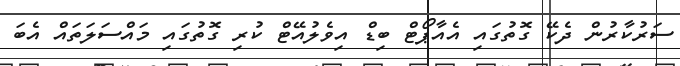
ސަރުކާރުން ދެކޭ ގޮތުގައި އެއާޕޯޓް ބިޑް އިވެލުއޭޓް ކުރި ގޮތުގައި މައްސަލަތައް އެބަ